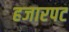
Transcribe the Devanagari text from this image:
हजारपट